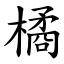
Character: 橘